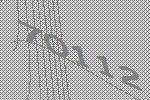
70112